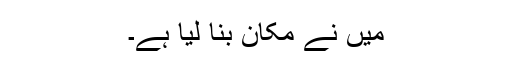
میں نے مکان بنا لیا ہے۔